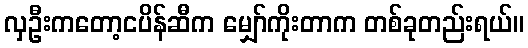
လှဦးကတော့ငပိန်ဆီက မျှော်ကိုးတာက တစ်ခုတည်းရယ်။